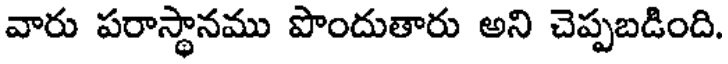
వారు పరాస్థానము పొందుతారు అని చెప్పబడింది.